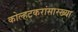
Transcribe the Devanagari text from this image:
कोल्हटकरांसारख्या